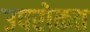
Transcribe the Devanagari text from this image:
उपरोकत